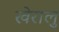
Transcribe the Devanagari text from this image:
खेरालु